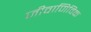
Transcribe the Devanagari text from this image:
जीवाणिविक